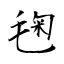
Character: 毱